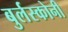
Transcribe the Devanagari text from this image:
बुर्लस्कोनी